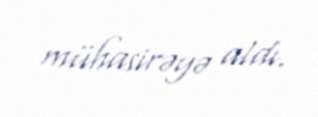
mühasirəyə aldı.